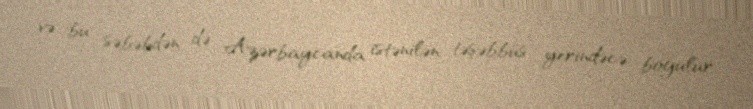
və bu səbəbdən də Azərbaycanda istənilən təşəbbüs yerindəcə boğulur: